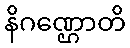
နိဂဏ္ဌောတိ